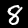
Label: 8